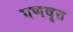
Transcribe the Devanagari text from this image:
गणवृत्त